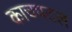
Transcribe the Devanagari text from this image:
काचपटल